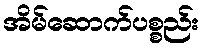
အိမ်ဆောက်ပစ္စည်း